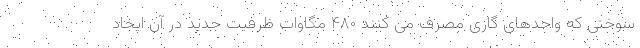
سوختی که واحدهای گازی مصرف می کنند ۴۸۰ مگاوات ظرفیت جدید در آن ایجاد